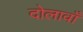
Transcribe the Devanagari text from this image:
दोलावाँ